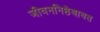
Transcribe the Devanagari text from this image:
जीवननिष्ठेबाबत